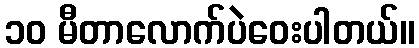
၁၀ မီတာလောက်ပဲဝေးပါတယ်။